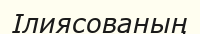
Ілиясованың